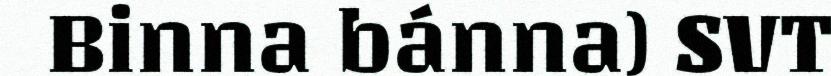
Binna bánna) SVT